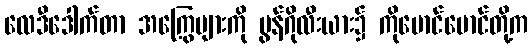
လေဒီဒေါက်တာ အကြွေများကို မွန်ဂိုလီးယား၌ ကိုမောင်မောင်တို့က